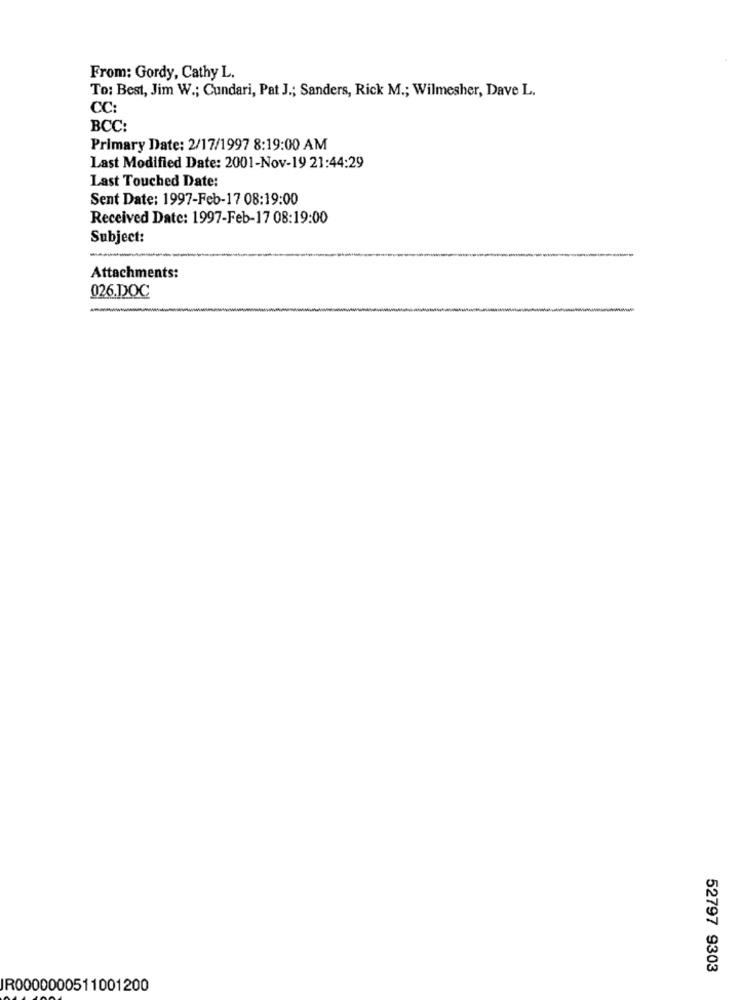
From: Gordy, Cathy L.
To: Best, Jim W .; Cundari, Pat J .; Sanders, Rick M .; Wilmesher, Dave L.
CC:
BCC:
Primary Date: 2/17/1997 8:19:00 AM
Last Modified Date: 2001-Nov-19 21:44:29
Last Touched Date:
Sent Date: 1997-Feb-17 08:19:00
Received Date: 1997-Feb-17 08:19:00
Subject:
Attachments:
026.DOC
52797 9303
IR0000000511001200